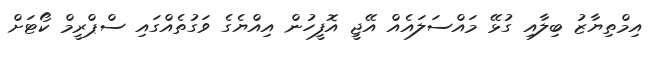
އިމްތިޔާޒު ބިލާއި ގުޅޭ މައްސަލައެއް އޭޖީ އޮފީހުން އިއްޔެގެ ވަގުތެއްގައި ސްޕްރީމް ކޯޓަށް